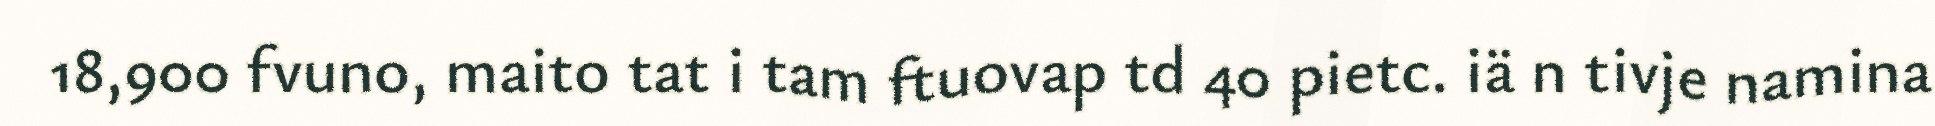
18,900 fvuno, maito tat i tam ftuovap td 40 pietc. iä n tivje namina